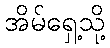
အိမ်ရှေ့သို့